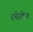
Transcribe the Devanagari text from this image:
शरीरवेत्ता